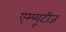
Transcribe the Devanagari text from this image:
एम्प्यूटीज